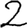
Digit: 2